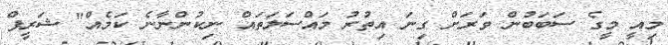
މިއީ މީގެ ސަބަބުން ވަރަށް ގިނަ އިތުރު މައްސަލަތައް ނިކުންނާނެ ކަމެއް" ޝަރީފް